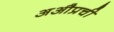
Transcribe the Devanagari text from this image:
अऔप्रची